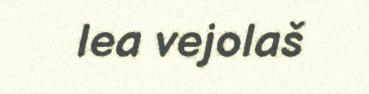
lea vejolaš